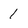
Character: 1